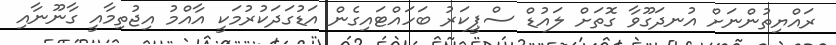
ރައްޔިތުންނަށް އުނދަގޫވާ ގޮތަށް ލައުޑް ސްޕީކަރު ބަހައްޓައިގެން އަޑުގަދަކުރުމަކީ އާއްމު އިޖުތިމާއީ ގާނޫނާއި